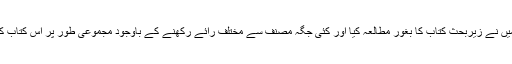
ایک متجسّس پڑھنے والے کی حیثیت سے میں نے زیربحث کتاب کا بغور مطالعہ کیا اور کئی جگہ مصنف سے مختلف رائے رکھنے کے باوجود مجموعی طور پر اس کتاب کے لیے اپنے دل میں بڑی قدر محسوس کی۔